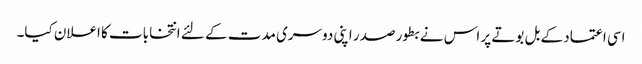
اسی اعتماد کے بل بوتے پر اس نے بطور صدر اپنی دوسری مدت کے لئے انتخابات کا اعلان کیا۔